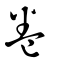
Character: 卷